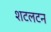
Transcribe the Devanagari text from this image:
शटलटन